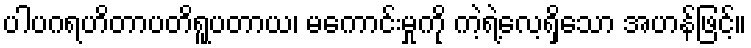
ပါပဂရဟိတာပတိရူပတာယ၊ မကောင်းမှုကို ကဲ့ရဲ့လေ့ရှိသော အဟန်ဖြင့်။